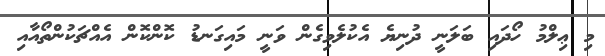
މި ޢިލްމު ހޯދައި ބަލަނީ ދުނިޔެ އެކުލެވިގެން ވަނީ މައިގަނޑު ކޮންކޮން އެއްޗަކުންތޯއާއި